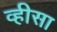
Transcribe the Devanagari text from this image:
व्हीसा